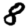
Digit: 8